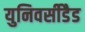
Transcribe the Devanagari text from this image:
युनिवर्सीडैड